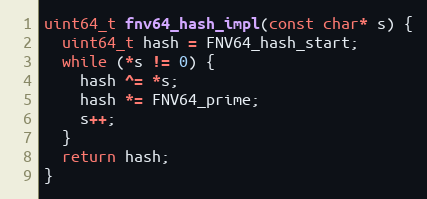
Language: C
uint64_t fnv64_hash_impl(const char* s) {
  uint64_t hash = FNV64_hash_start;
  while (*s != 0) {
    hash ^= *s;
    hash *= FNV64_prime;
    s++;
  }
  return hash;
}